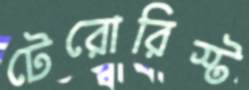
টেরোরিস্ট